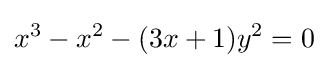
x^{3}-x^{2}-(3x+1)y^{2}=0